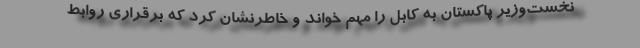
نخست‌وزیر پاکستان به کابل را مهم خواند و خاطرنشان کرد که برقراری روابط